Report of the Indian Hemp Drugs Commission, 1894-1895 - Volume VI
Year: 1894
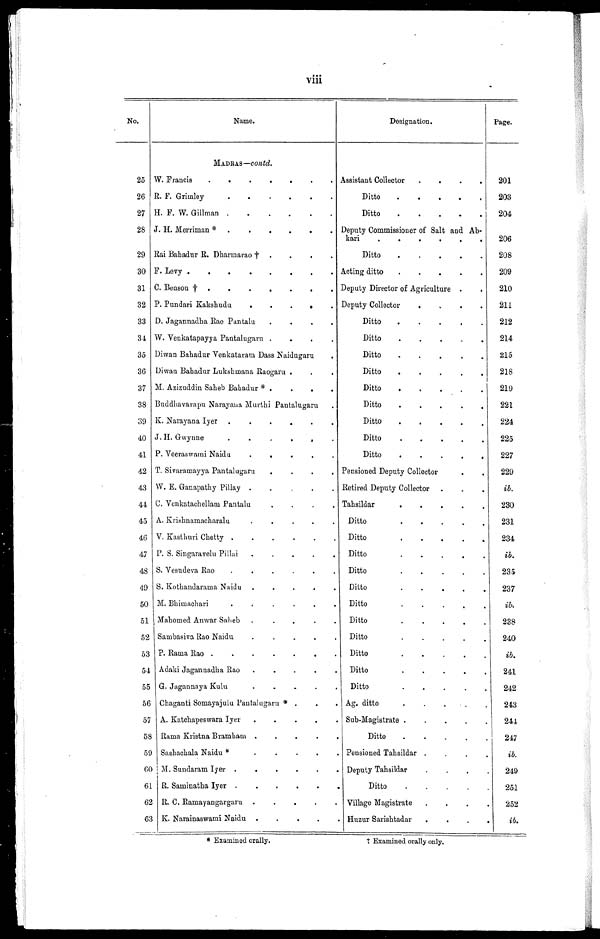
viii
No.
Name.
Designation.
Page.
MADRAS—c o n t d
.
25 W. Francis . . .
Assistant Collector . . .
201
26 R. F. Grimley . . .
Ditto . . .
203
27 H. F. W. Gillman . . .
Ditto . . .
204
28 J . H. Merriman * . . .
Deputy Commissioner of Salt and Ab-
kari . . .
206
29 Rai Bahadur R. Dharmarao † . . .
Ditto . . .
208
30 F. Levy . . .
Acting ditto . . .
209
31 C. Benson † . . .
Deputy Director of Agriculture . . .
210
32 P. Pundari Kakshudu . . .
Deputy Collector . . .
211
33 D. Jagannadha Rao Pantalu . . .
Ditto . . .
212
34 W. Venkatapayya Pantalugaru . . .
Ditto . . .
214
35 Diwan Bahadur Venkataram Dass Naidugaru . . .
Ditto . . .
215
36 Diwan Bahadur Lukshmana Raogaru . . .
Ditto . . .
218
37 M. Azizuddin Saheb Bahadur * . . .
Ditto . . .
219
38 Buddhavarapu Narayana Murthi Pantalugaru . .
Ditto . . .
221
39 K. Narayana Iyer . . .
Ditto . . .
224
40 J. H. Gwynne. . .
Ditto . . .
225
41 P. Veeraswami Naidu
. . .
Ditto . . .
227
42 T. Sivaramayya Pantalugaru . . .
Pensioned Deputy Collector
. . .
229
43 W. E. Ganapathy Pillay . . .
Retired Deputy Collector . . .
ib.
44 C. Venkatachellam Pantalu . . .
Tahsildar . . .
230
45 A. Krishnamacharalu . . .
Ditto. . .
231
46 V. Kasthuri Chetty . . .
Ditto. . .
234
47 P. S. Singaravelu Pillai . . .
Ditto . . .
ib.
48 S. Vesudeva Rao . . .
Ditto . . .
235
49 S. Kothandarama Naidu . . .
Ditto . . .
237
50 M. Bhimachari . . .
Ditto . . .
ib.
51 Mahomed Anwar Saheb . . .
Ditto . . .
238
52 Sambasiva Rao Naidu . . .
Ditto. . .
240
53 P. Rama Rao . . .
Ditto
. . .
ib.
54 Adaki Jagannadha Rao . . .
Ditto . . .
241
55 G. Jagannaya Kulu . . .
Ditto . . .
242
56 Chaganti Somayajulu Pantalugaru * . . .
Ag. ditto . . .
243
57 A. Katchapeswara Iyer . . .
Sub-Magistrate . . .
244
58 Rama Kristna Bramham . . .
Ditto . . .
247
59 Sashachala Naidu * . . .
Pensioned Tahsildar . . .
ib.
60 M. Sundaram Iyer . . .
Deputy Tahsildar . . .
249
61 R. Saminatha Iyer . . .
Ditto . . .
251
62 R. C. Ramayangargaru . . .
Village Magistrate . . .
252
63 K. Narainaswami Naidu . . .
Huzur Sarishtadar . . .
ib.
* Examined orally.
† Examined orally only.